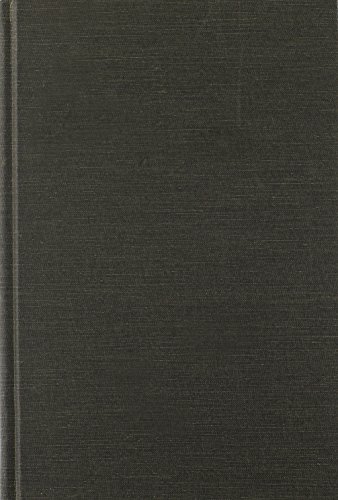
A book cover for Safe Storage of Laboratory Chemicals, 2nd Edition; Science & Math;